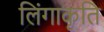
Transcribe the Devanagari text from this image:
लिंगाकृति